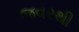
જવરથી